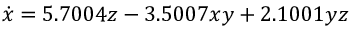
\dot { x } = 5 . 7 0 0 4 z - 3 . 5 0 0 7 x y + 2 . 1 0 0 1 y z